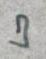
3